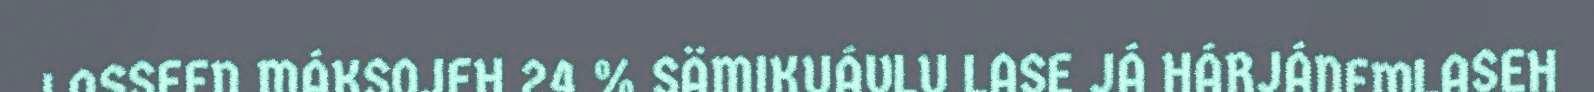
LASSEEN MÁKSOJEH 24 % SÄMIKUÁVLU LASE JÁ HÁRJÁNEMLASEH